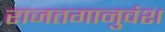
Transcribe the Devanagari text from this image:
राजतगानुवंश